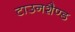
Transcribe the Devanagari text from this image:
टाउनशैण्ड